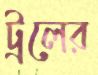
ট্রলের